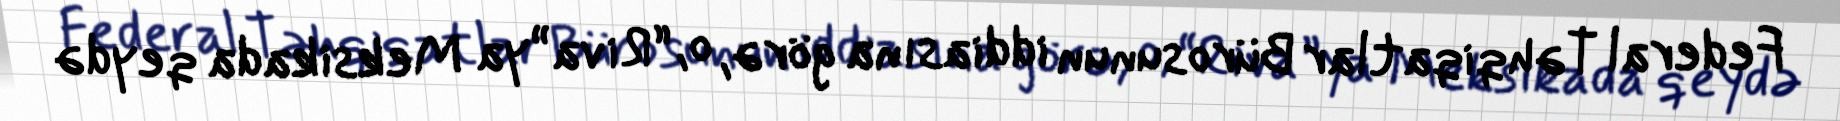
Federal Təhqiqatlar Bürosunun iddiasına görə, o, “Riva”ya Meksikada qeydə